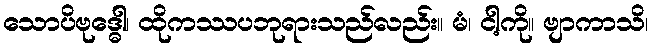
သောပိဗုဒ္ဓေါ၊ ထိုကဿပဘုရားသည်လည်း။ မံ၊ ငါ့ကို။ ဗျာကာသိ၊